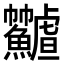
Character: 𩽟